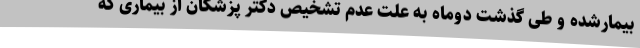
بیمارشده و طی گذشت دوماه به علت عدم تشخیص دکتر پزشکان از بیماری که